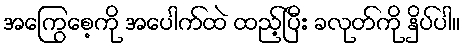
အကြွေစေ့ကို အပေါက်ထဲ ထည့်ပြီး ခလုတ်ကို နှိပ်ပါ။